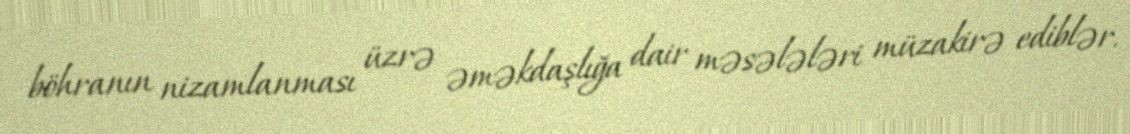
böhranın nizamlanması üzrə əməkdaşlığa dair məsələləri müzakirə ediblər.